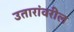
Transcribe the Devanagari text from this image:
उतारांवरील